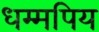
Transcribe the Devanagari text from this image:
धम्मपिय